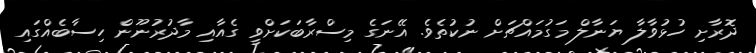
ދޮރާށި ހުޅުވާލާ ޔަނާލް މަގުމައްޗަށް ނުކުތެވެ. އޭނަގެ މިސްރާބަކަށްވީ ގެއާއި މާދުރުނޫން ހިސާބެއްގައި